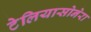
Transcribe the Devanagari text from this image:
टेलियासोनेरा